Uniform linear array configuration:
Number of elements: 32
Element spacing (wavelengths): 0.25
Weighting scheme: exponential
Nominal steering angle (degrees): -45
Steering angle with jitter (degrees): -45.724
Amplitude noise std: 0.05
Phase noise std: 0.05

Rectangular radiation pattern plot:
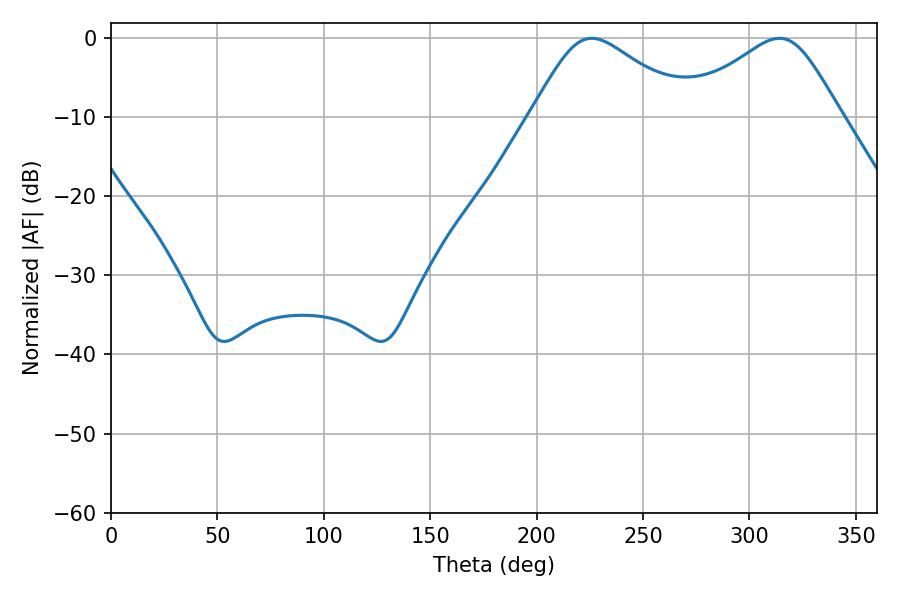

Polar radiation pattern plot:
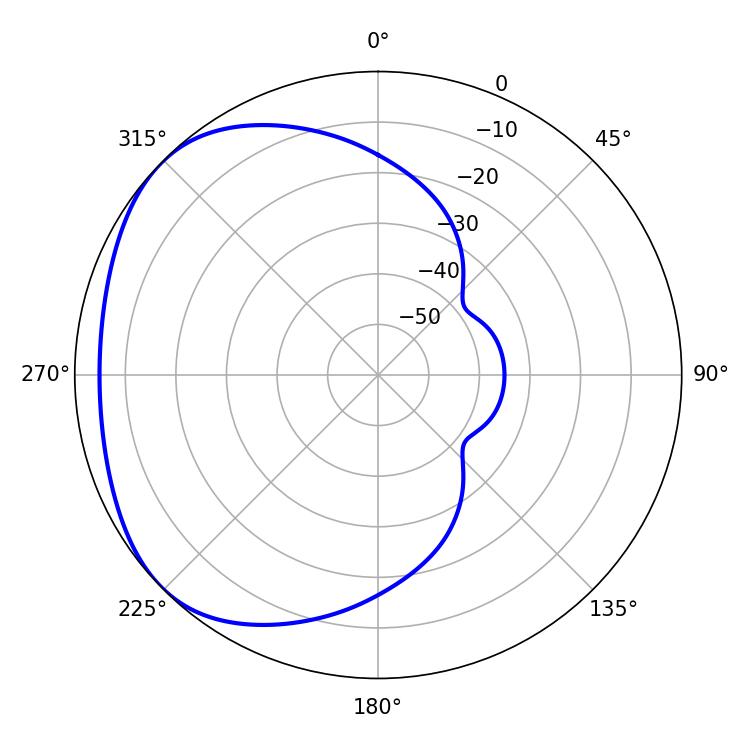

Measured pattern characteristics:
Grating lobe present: FALSE
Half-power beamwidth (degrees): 36.54
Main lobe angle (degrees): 225.9